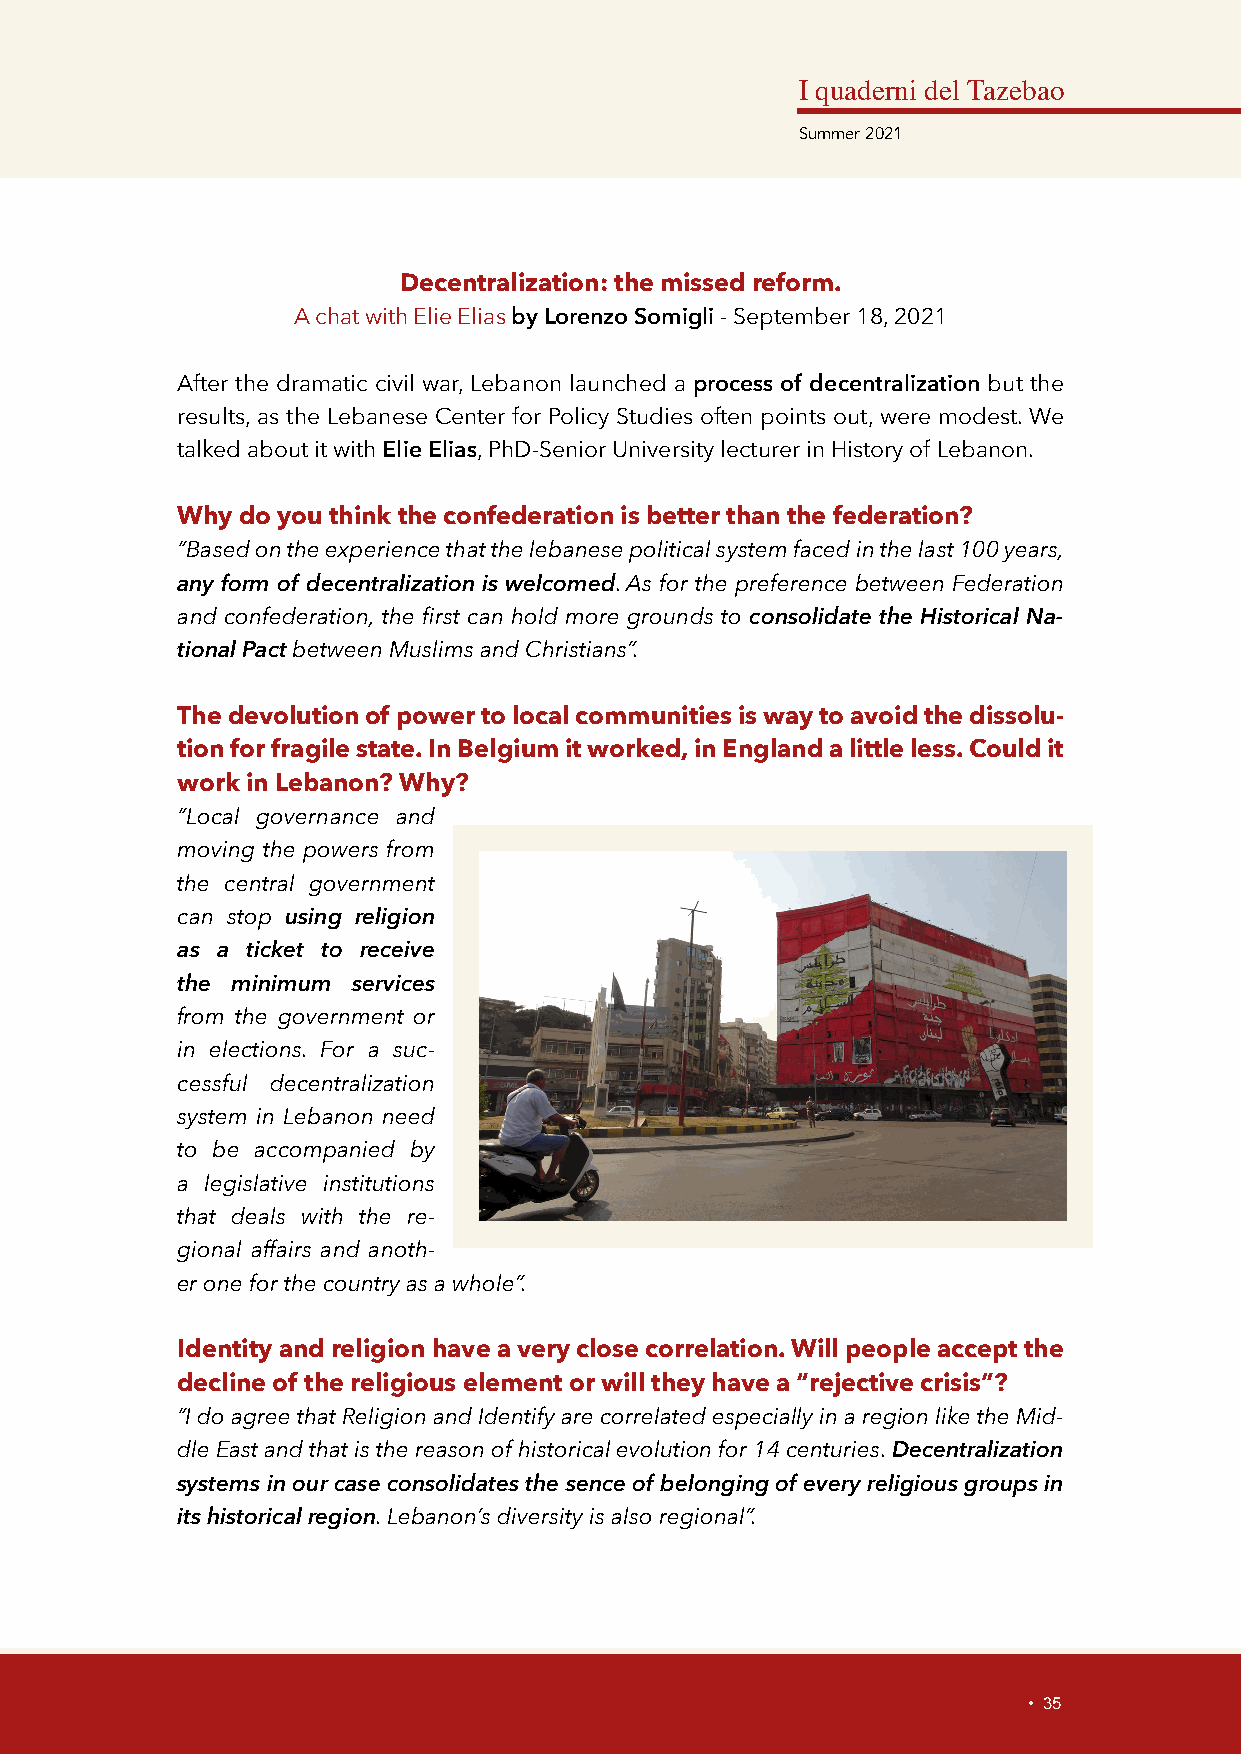
I quaderni del Tazebao
 Summer 2021
 Decentralization: the missed reform.
 A chat with Elie Elias by Lorenzo Somigli - September 18, 2021
 After the dramatic civil war, Lebanon launched a process of decentralization but the
 results, as the Lebanese Center for Policy Studies often points out, were modest. We
 talked about it with Elie Elias, PhD-Senior University lecturer in History of Lebanon.
 Why do you think the confederation is better than the federation?
 “Based on the experience that the lebanese political system faced in the last 100 years,
 any form of decentralization is welcomed. As for the preference between Federation
 and confederation, the first can hold more grounds to consolidate the Historical Na-
 tional Pact between Muslims and Christians”.
 The devolution of power to local communities is way to avoid the dissolu-
 tion for fragile state. In Belgium it worked, in England a little less. Could it
 work in Lebanon? Why?
 “Local governance and
 moving the powers from
 the central government
 can stop using religion
 as a ticket to receive
 the minimum services
 from the government or
 in elections. For a suc-
 cessful decentralization
 system in Lebanon need
 to be accompanied by
 a legislative institutions
 that deals with the re-
 gional affairs and anoth-
 er one for the country as a whole”.
 Identity and religion have a very close correlation. Will people accept the
 decline of the religious element or will they have a “rejective crisis”?
 “I do agree that Religion and Identify are correlated especially in a region like the Mid-
 dle East and that is the reason of historical evolution for 14 centuries. Decentralization
 systems in our case consolidates the sence of belonging of every religious groups in
 its historical region. Lebanon’s diversity is also regional”.
 • 35